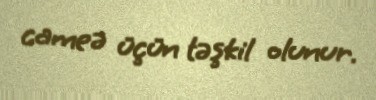
cameə üçün təşkil olunur.